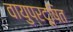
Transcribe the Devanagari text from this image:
वायुप्रदूषित